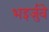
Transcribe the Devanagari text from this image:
भइर्जुवे